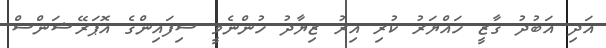
އަދި އަބުދު ގާޒީ ހައްޔަރު ކުރި އިރު ޒިޔާދު ހުންނެވީ ސިފައިންގެ އޮޕަރޭޝަންސް